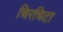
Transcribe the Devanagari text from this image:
चिरचिटा